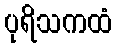
ပုရိသကထံ